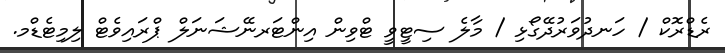
ރެޑްރޮކް / ހަނދުވަރުދޭގޯޅި / މާލެ ސިޓީވީ ޓްވިން އިންޓަރނޭޝަނަލް ޕްރައިވެޓް ލިމިޓެޑްމ.